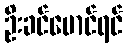
ဦးခင်မောင်ရင်